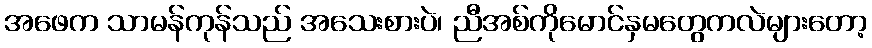
အဖေက သာမန်ကုန်သည် အသေးစားပဲ၊ ညီအစ်ကိုမောင်နှမတွေကလဲများတော့